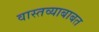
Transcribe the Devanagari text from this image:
वास्तव्याबाबत